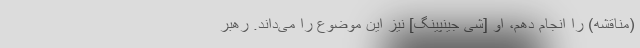
(مناقشه) را انجام دهم، او [شی جینپینگ] نیز این موضوع را می‌داند. رهبر